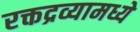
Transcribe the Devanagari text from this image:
रक्तद्रव्यामध्ये